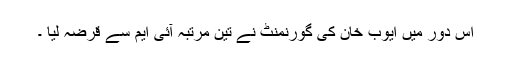
اس دور میں ایوب خان کی گورنمنٹ نے تین مرتبہ آئی ایم سے قرضہ لیا ۔